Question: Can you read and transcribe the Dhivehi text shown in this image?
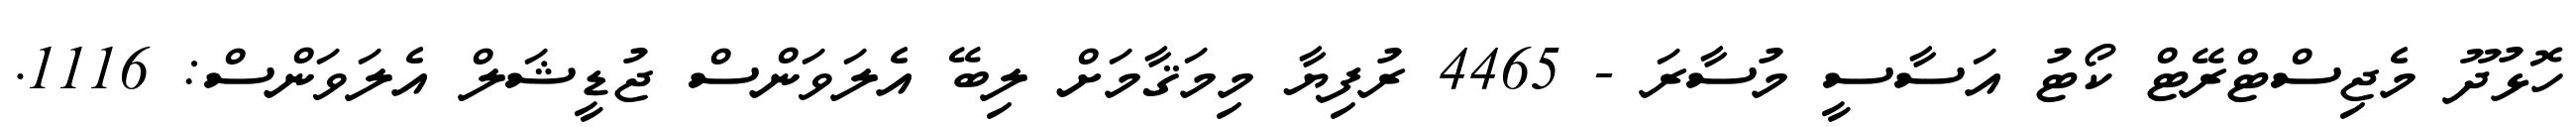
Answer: ހޮޅުދޫ މެޖިސްޓްރޭޓް ކޯޓު އަސާސީ މުސާރަ - 4465 ރުފިޔާ މިމަޤާމަށް ލިބޭ އެލަވަންސް ޖުޑީޝަލް އެލަވަންސް: 1116.